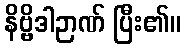
နိဗ္ဗိဒါဉာဏ် ပြီး၏။